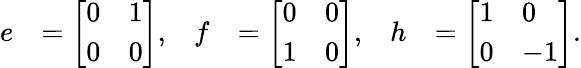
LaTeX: {\begin{array}{rlrlrl}{e}&{={\left[\begin{array}{ll}{0}&{1}\\ {0}&{0}\end{array}\right]},}&{f}&{={\left[\begin{array}{ll}{0}&{0}\\ {1}&{0}\end{array}\right]},}&{h}&{={\left[\begin{array}{ll}{1}&{0}\\ {0}&{-1}\end{array}\right]}.}\end{array}}